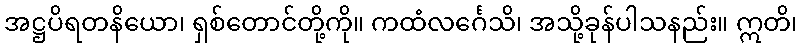
အဋ္ဌပိရတနိယော၊ ရှစ်တောင်တို့ကို။ ကထံလင်္ဂေသိ၊ အသို့ခုန်ပါသနည်း။ ဣတိ၊